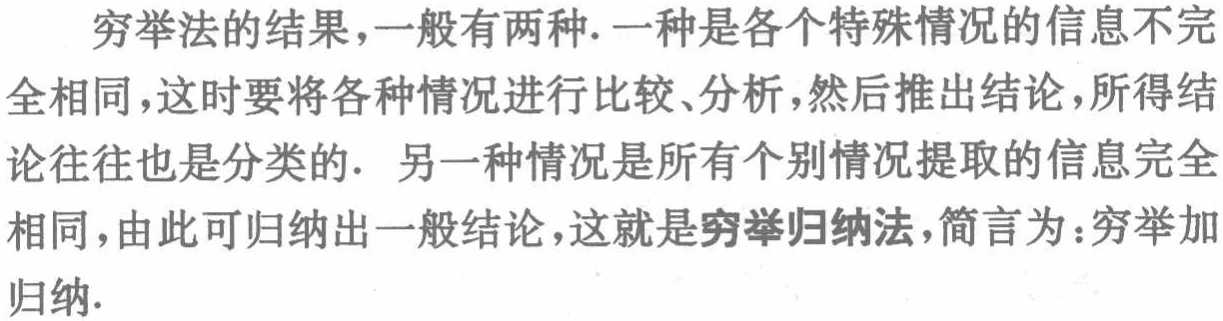
穷举法的结果,一般有两种. 一种是各个特殊情况的信息不完全相同,这时要将各种情况进行比较、分析,然后推出结论,所得结论往往也是分类的. 另一种情况是所有个别情况提取的信息完全相同,由此可归纳出一般结论,这就是穷举归纳法,简言为：穷举加归纳.